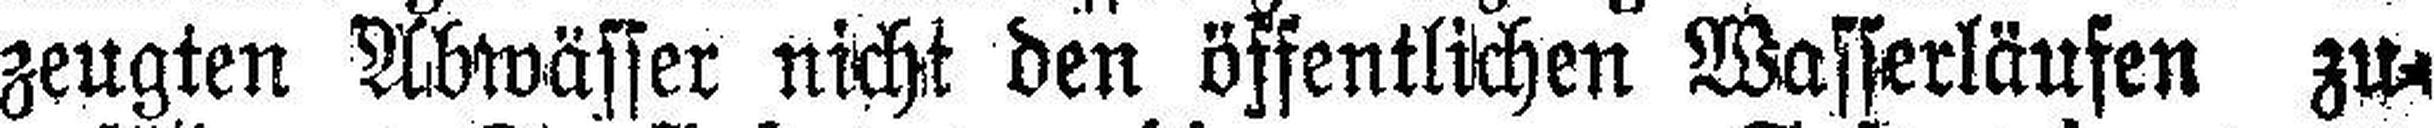
zeugten Abwässer nicht den öffentlichen Wasserläufen zu¬